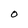
Character: O